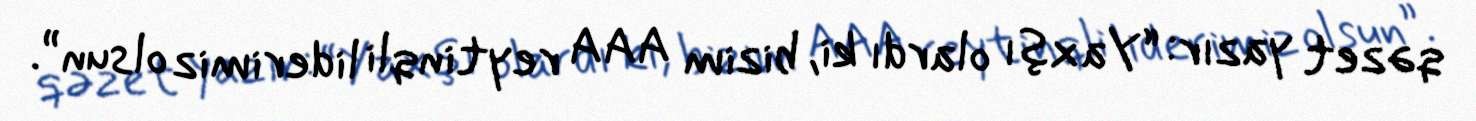
qəzet yazır: “Yaxşı olardı ki, bizim AAA reytinqli liderimiz olsun”.